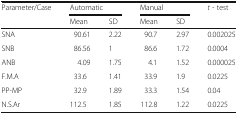
<table><thead><tr><td rowspan="2"><b>Parameter/Case</b></td><td colspan="2"><b>Automatic</b></td><td colspan="2"><b>Manual</b></td><td rowspan="2"><b><i>t</i> - test</b></td></tr><tr><td><b>Mean</b></td><td><b>SD</b></td><td><b>Mean</b></td><td><b>SD</b></td></tr></thead><tbody><tr><td>SNA</td><td>90.61</td><td>2.22</td><td>90.7</td><td>2.97</td><td>0.002025</td></tr><tr><td>SNB</td><td>86.56</td><td>1</td><td>86.6</td><td>1.72</td><td>0.0004</td></tr><tr><td>ANB</td><td>4.09</td><td>1.75</td><td>4.1</td><td>1.52</td><td>0.000025</td></tr><tr><td>F.M.A</td><td>33.6</td><td>1.41</td><td>33.9</td><td>1.9</td><td>0.0225</td></tr><tr><td>PP-MP</td><td>32.9</td><td>1.89</td><td>33.3</td><td>1.54</td><td>0.04</td></tr><tr><td>N.S.Ar</td><td>112.5</td><td>1.85</td><td>112.8</td><td>1.22</td><td>0.0225</td></tr></tbody></table>